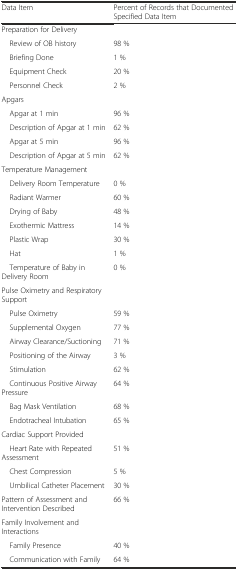
<table><thead><tr><td><b>Data Item</b></td><td><b>Percent of Records that Documented Specified Data Item</b></td></tr></thead><tbody><tr><td>Preparation for Delivery</td><td></td></tr><tr><td> Review of OB history</td><td>98 %</td></tr><tr><td> Briefing Done</td><td>1 %</td></tr><tr><td> Equipment Check</td><td>20 %</td></tr><tr><td> Personnel Check</td><td>2 %</td></tr><tr><td>Apgars</td><td></td></tr><tr><td> Apgar at 1 min</td><td>96 %</td></tr><tr><td> Description of Apgar at 1 min</td><td>62 %</td></tr><tr><td> Apgar at 5 min</td><td>96 %</td></tr><tr><td> Description of Apgar at 5 min</td><td>62 %</td></tr><tr><td>Temperature Management</td><td></td></tr><tr><td> Delivery Room Temperature</td><td>0 %</td></tr><tr><td> Radiant Warmer</td><td>60 %</td></tr><tr><td> Drying of Baby</td><td>48 %</td></tr><tr><td> Exothermic Mattress</td><td>14 %</td></tr><tr><td> Plastic Wrap</td><td>30 %</td></tr><tr><td> Hat</td><td>1 %</td></tr><tr><td> Temperature of Baby in Delivery Room</td><td>0 %</td></tr><tr><td>Pulse Oximetry and Respiratory Support</td><td></td></tr><tr><td> Pulse Oximetry</td><td>59 %</td></tr><tr><td> Supplemental Oxygen</td><td>77 %</td></tr><tr><td> Airway Clearance/Suctioning</td><td>71 %</td></tr><tr><td> Positioning of the Airway</td><td>3 %</td></tr><tr><td> Stimulation</td><td>62 %</td></tr><tr><td> Continuous Positive Airway Pressure</td><td>64 %</td></tr><tr><td> Bag Mask Ventilation</td><td>68 %</td></tr><tr><td> Endotracheal Intubation</td><td>65 %</td></tr><tr><td>Cardiac Support Provided</td><td></td></tr><tr><td> Heart Rate with Repeated Assessment</td><td>51 %</td></tr><tr><td> Chest Compression</td><td>5 %</td></tr><tr><td> Umbilical Catheter Placement</td><td>30 %</td></tr><tr><td>Pattern of Assessment and Intervention Described</td><td>66 %</td></tr><tr><td>Family Involvement and Interactions</td><td></td></tr><tr><td> Family Presence</td><td>40 %</td></tr><tr><td> Communication with Family</td><td>64 %</td></tr></tbody></table>